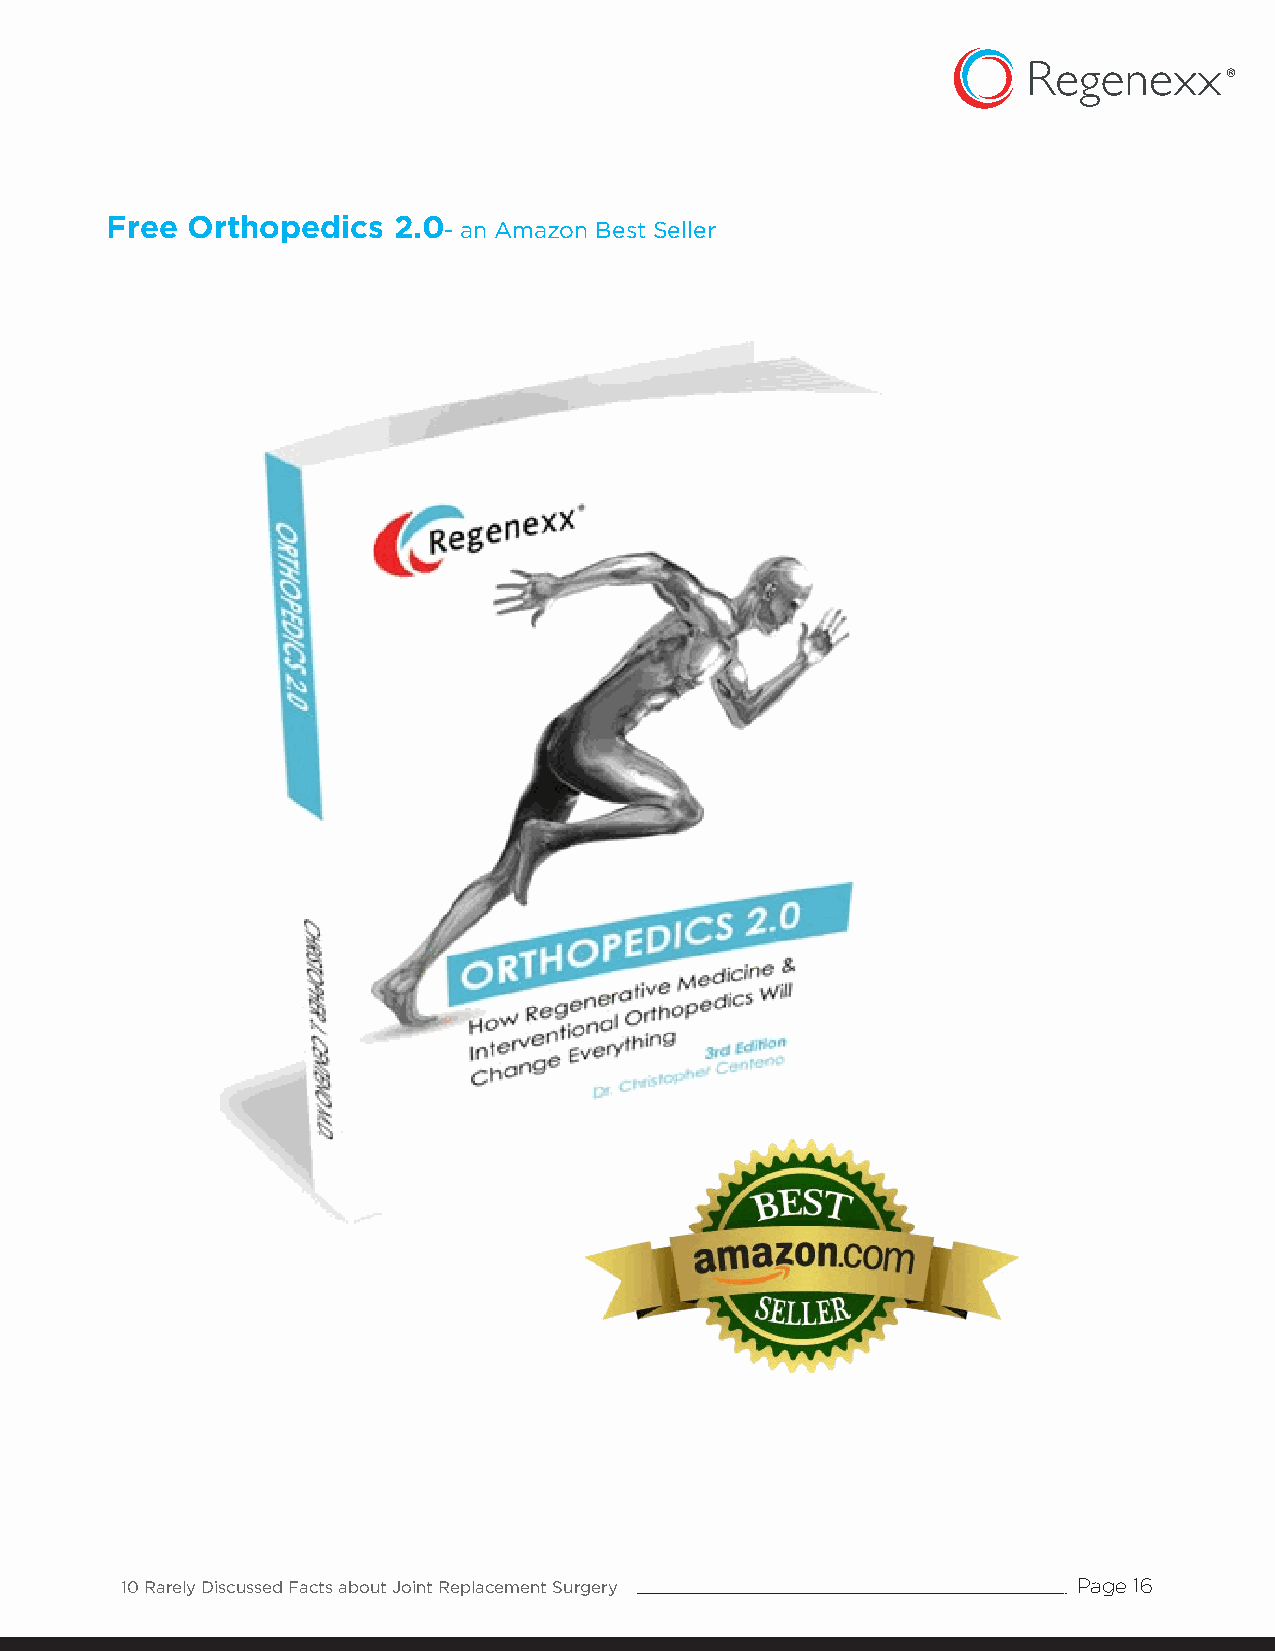
Free Orthopedics   2.0- an Amazon Best Seller
 10 Rarely Discussed Facts about Joint Replacement Surgery      Page 16